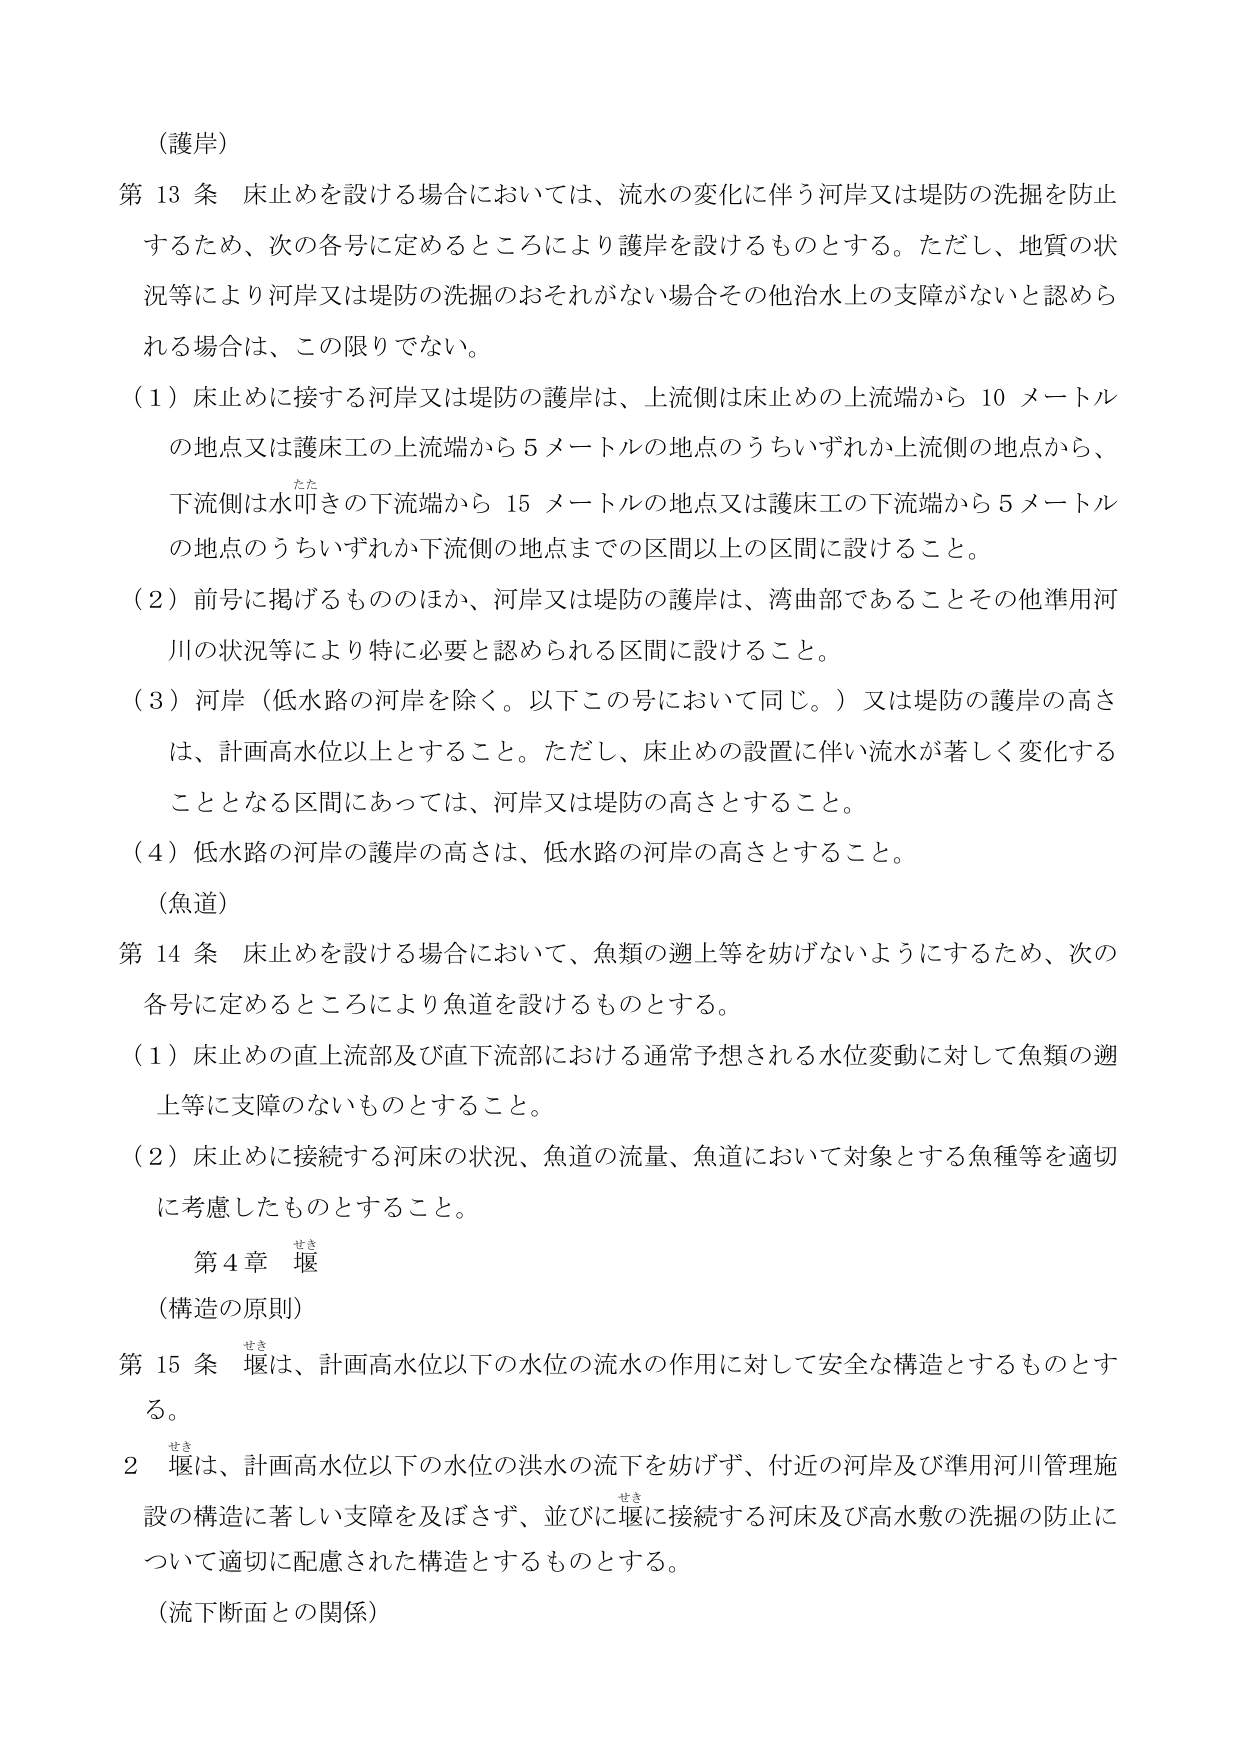
（護岸）
第13条 床止めを設ける場合においては、流水の変化に伴う河岸又は堤防の洗掘を防止するため、次の各号に定めるところにより護岸を設けるものとする。ただし、地質の状況等により河岸又は堤防の洗掘のおそれがない場合その他治水上の支障がないと認められる場合は、この限りでない。
（1）床止めに接する河岸又は堤防の護岸は、上流側は床止めの上流端から10メートルの地点又は護床工の上流端から5メートルの地点のうちいずれか上流側の地点から、下流側は水叩きの下流端から15メートルの地点又は護床工の下流端から5メートルの地点のうちいずれか下流側の地点までの区間以上の区間に設けること。
（2）前号に掲げるもののほか、河岸又は堤防の護岸は、湾曲部であることその他準用河川の状況等により特に必要と認められる区間に設けること。
（3）河岸（低水路の河岸を除く。以下この号において同じ。）又は堤防の護岸の高さは、計画高水位以上とすること。ただし、床止めの設置に伴い流水が著しく変化することとなる区間については、河岸又は堤防の高さとすること。
（4）低水路の河岸の護岸の高さは、低水路の河岸の高さとすること。
（魚道）
第14条 床止めを設ける場合において、魚類の遡上等を妨げないようにするため、次の各号に定めるところにより魚道を設けるものとする。
（1）床止めの直上流部及び直下流部における通常予想される水位変動に対して魚類の遡上等に支障のないものとすること。
（2）床止めに接続する河床の状況、魚道の流量、魚道において対象とする魚種等を適切に考慮したものとすること。
第4章 堰
（構造の原則）
第15条 堰は、計画高水位以下の水位の流水の作用に対して安全な構造とするものとする。
2 堰は、計画高水位以下の水位の洪水の流下を妨げず、付近の河岸及び準用河川管理施設の構造に著しい支障を及ぼさず、並びに堰に接続する河床及び高水敷の洗掘の防止について適切に配慮された構造とするものとする。
（流下断面との関係）